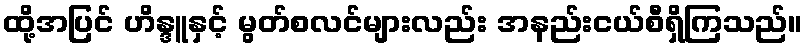
ထို့အပြင် ဟိန္ဒူနှင့် မွတ်စလင်များလည်း အနည်းငယ်စီရှိကြသည်။